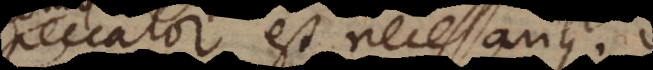
peccator est necessarius.